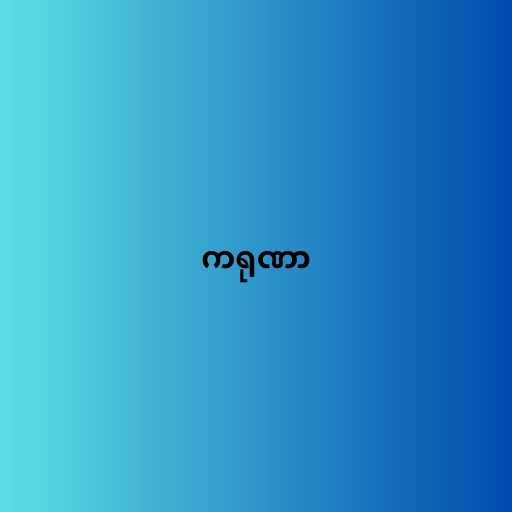
ကရုဏာ